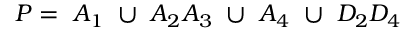
P = ~ A _ { 1 } ~ \cup ~ A _ { 2 } A _ { 3 } ~ \cup ~ A _ { 4 } ~ \cup ~ D _ { 2 } D _ { 4 }